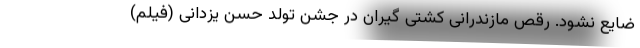
ضایع نشود. رقص مازندرانی کشتی گیران در جشن تولد حسن یزدانی (فیلم)